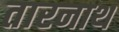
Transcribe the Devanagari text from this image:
तारनाथ